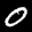
Label: 0